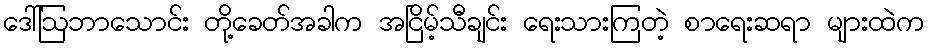
ဒေါ်ဩဘာသောင်း တို့ခေတ်အခါက အငြိမ့်သီချင်း ရေးသားကြတဲ့ စာရေးဆရာ များထဲက